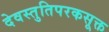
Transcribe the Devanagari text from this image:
देवस्तुतिपरकसूक्त